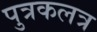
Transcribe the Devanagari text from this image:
पुत्रकलत्र